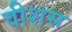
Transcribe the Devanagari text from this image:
वीशस